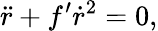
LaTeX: \ddot{r}+f^{\prime}\dot{r}^{2}=0,